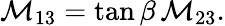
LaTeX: {\cal M}_{13}=\tan\beta\, {\cal M}_{23}.